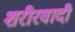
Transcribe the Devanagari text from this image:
शरीरवादी